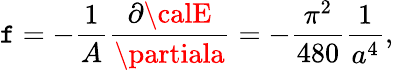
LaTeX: \mathtt{f}=-{\frac{{1}}{{A}}}{\frac{{\partial{\calE}}}{{\partiala}}}=-{\frac{{\pi^{2}}}{{480}}}{\frac{{1}}{{a^{4}}}},